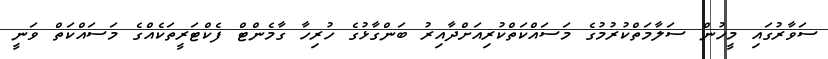
ސަވާރުގައި މީހުން ސަލާމަތްކުރުމުގެ މަސައްކަތްކުރިއަށްދާއިރު ބަންގާޅުގެ ހުރިހާ ގާމެންޓް ފެކްޓަރީތަކެއްގެ މަސައްކަތް ވަނީ